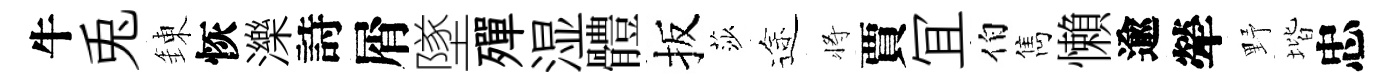
牛兎錬恢濼詩屑墜殫湿體扳莎途将賈冝伯雋懶逾犖野堦忠